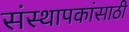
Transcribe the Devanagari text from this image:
संस्थापकांसाठी